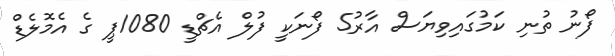
ފޯނު ތުނި ކަމުގައިވިޔަސް އާރު5 ފޯނަކީ ފުލް އެޗްޑީ 1080ޕީ ގެ އެމޮލެޑް